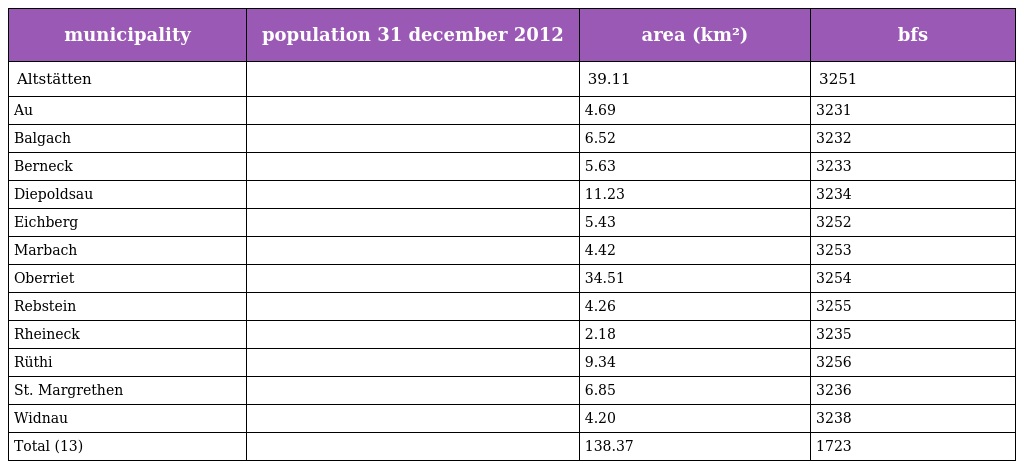
| municipality | population 31 december 2012 | area (km²) | bfs |
 | --- | --- | --- | --- |
 | Altstätten |  | 39.11 | 3251 |
 | Au |  | 4.69 | 3231 |
 | Balgach |  | 6.52 | 3232 |
 | Berneck |  | 5.63 | 3233 |
 | Diepoldsau |  | 11.23 | 3234 |
 | Eichberg |  | 5.43 | 3252 |
 | Marbach |  | 4.42 | 3253 |
 | Oberriet |  | 34.51 | 3254 |
 | Rebstein |  | 4.26 | 3255 |
 | Rheineck |  | 2.18 | 3235 |
 | Rüthi |  | 9.34 | 3256 |
 | St. Margrethen |  | 6.85 | 3236 |
 | Widnau |  | 4.20 | 3238 |
 | Total (13) |  | 138.37 | 1723 |